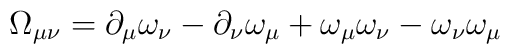
\Omega_{\mu\nu}=\partial_\mu\omega_\nu -\partial_\nu \omega_\mu +\omega_\mu \omega_\nu -\omega_\nu \omega_\mu